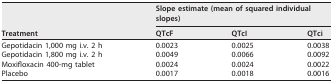
<table><thead><tr><td rowspan="2"><b>Treatment</b></td><td colspan="3"><b>Slope estimate (mean of squared individual slopes)</b></td></tr><tr><td><b>QTcF</b></td><td><b>QTcI</b></td><td><b>QTci</b></td></tr></thead><tbody><tr><td>Gepotidacin 1,000 mg i.v. 2 h</td><td>0.0023</td><td>0.0025</td><td>0.0038</td></tr><tr><td>Gepotidacin 1,800 mg i.v. 2 h</td><td>0.0049</td><td>0.0066</td><td>0.0092</td></tr><tr><td>Moxifloxacin 400-mg tablet</td><td>0.0024</td><td>0.0024</td><td>0.0022</td></tr><tr><td>Placebo</td><td>0.0017</td><td>0.0018</td><td>0.0016</td></tr></tbody></table>